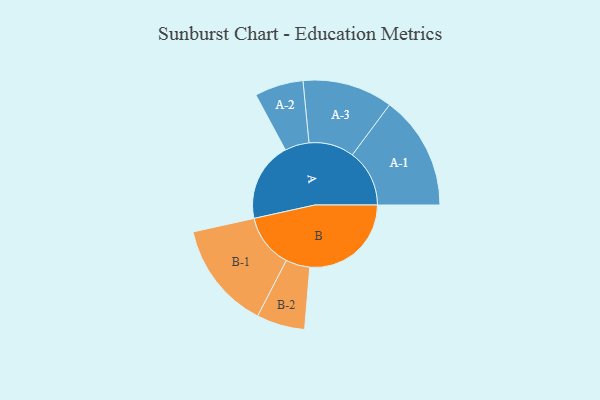
{"axis": {"x": "Segment", "y": "Value"}, "legend": ["", "A", "B"], "data": [{"x": "A", "y": 385, "type": ""}, {"x": "B", "y": 492, "type": ""}, {"x": "A-1", "y": 277, "type": "A"}, {"x": "A-2", "y": 118, "type": "A"}, {"x": "A-3", "y": 219, "type": "A"}, {"x": "B-1", "y": 261, "type": "B"}, {"x": "B-2", "y": 117, "type": "B"}]}